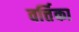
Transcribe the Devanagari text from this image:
वर्त्तिका